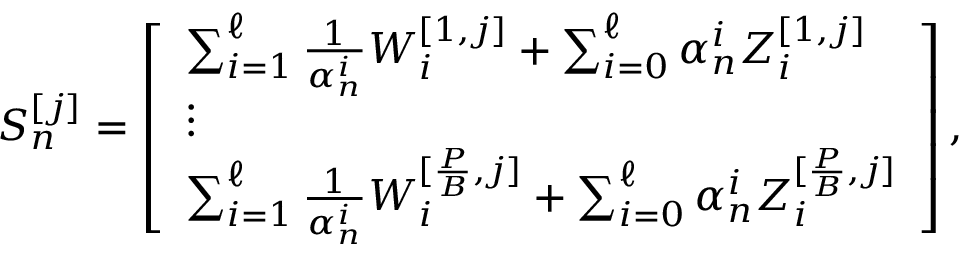
\begin{array} { r } { S _ { n } ^ { [ j ] } = \left[ \begin{array} { l } { \sum _ { i = 1 } ^ { \ell } \frac { 1 } { \alpha _ { n } ^ { i } } W _ { i } ^ { [ 1 , j ] } + \sum _ { i = 0 } ^ { \ell } \alpha _ { n } ^ { i } Z _ { i } ^ { [ 1 , j ] } } \\ { \vdots } \\ { \sum _ { i = 1 } ^ { \ell } \frac { 1 } { \alpha _ { n } ^ { i } } W _ { i } ^ { [ \frac { P } { B } , j ] } + \sum _ { i = 0 } ^ { \ell } \alpha _ { n } ^ { i } Z _ { i } ^ { [ \frac { P } { B } , j ] } } \end{array} \right] , } \end{array}